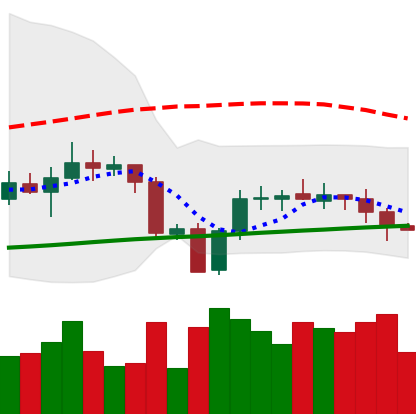
Ticker: XRP-USD
Chart end date: 2020-10-03
Forward return: 7.949%
Label: up_7plus